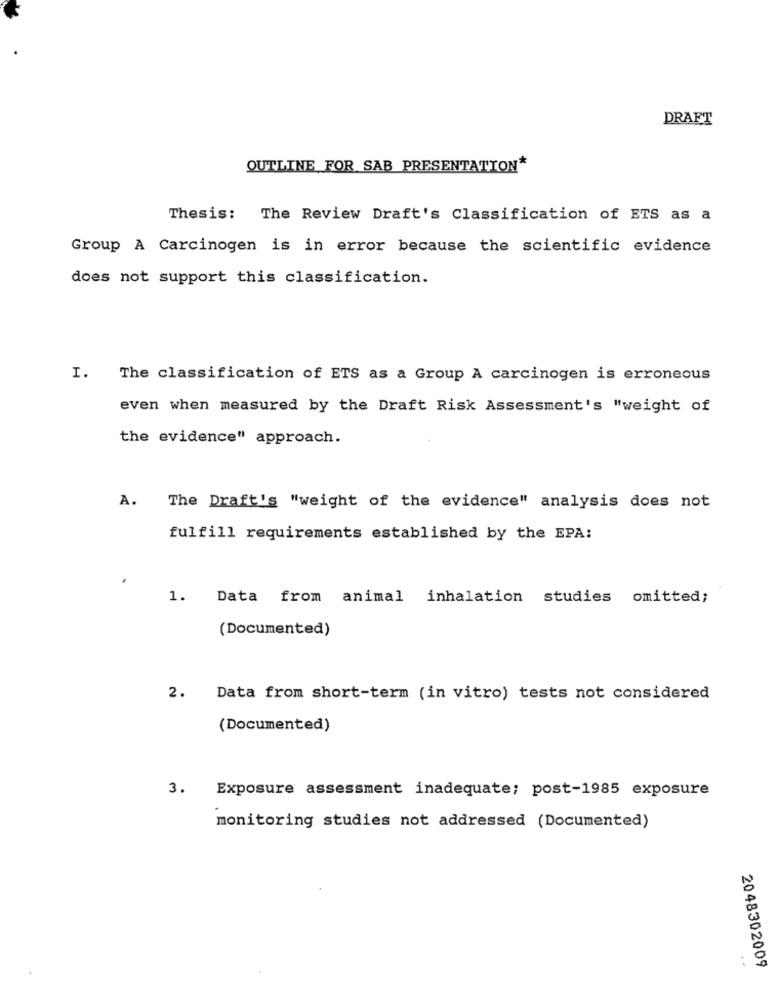
DRAFT
OUTLINE FOR SAB PRESENTATION*
Thesis: The Review Draft's Classification of ETS as a
Group A Carcinogen is in error because the scientific evidence
does not support this classification.
I. The classification of ETS as a Group A carcinogen is erroneous
even when measured by the Draft Risk Assessment's "weight of
the evidence" approach.
A.
The Draft's "weight of the evidence" analysis does not
fulfill requirements established by the EPA:
1.
Data from animal inhalation studies omitted;
(Documented)
2.
Data from short-term (in vitro) tests not considered
(Documented)
3.
Exposure assessment inadequate; post-1985 exposure
monitoring studies not addressed (Documented)
2048302009